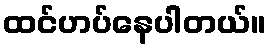
ထင်ဟပ်နေပါတယ်။